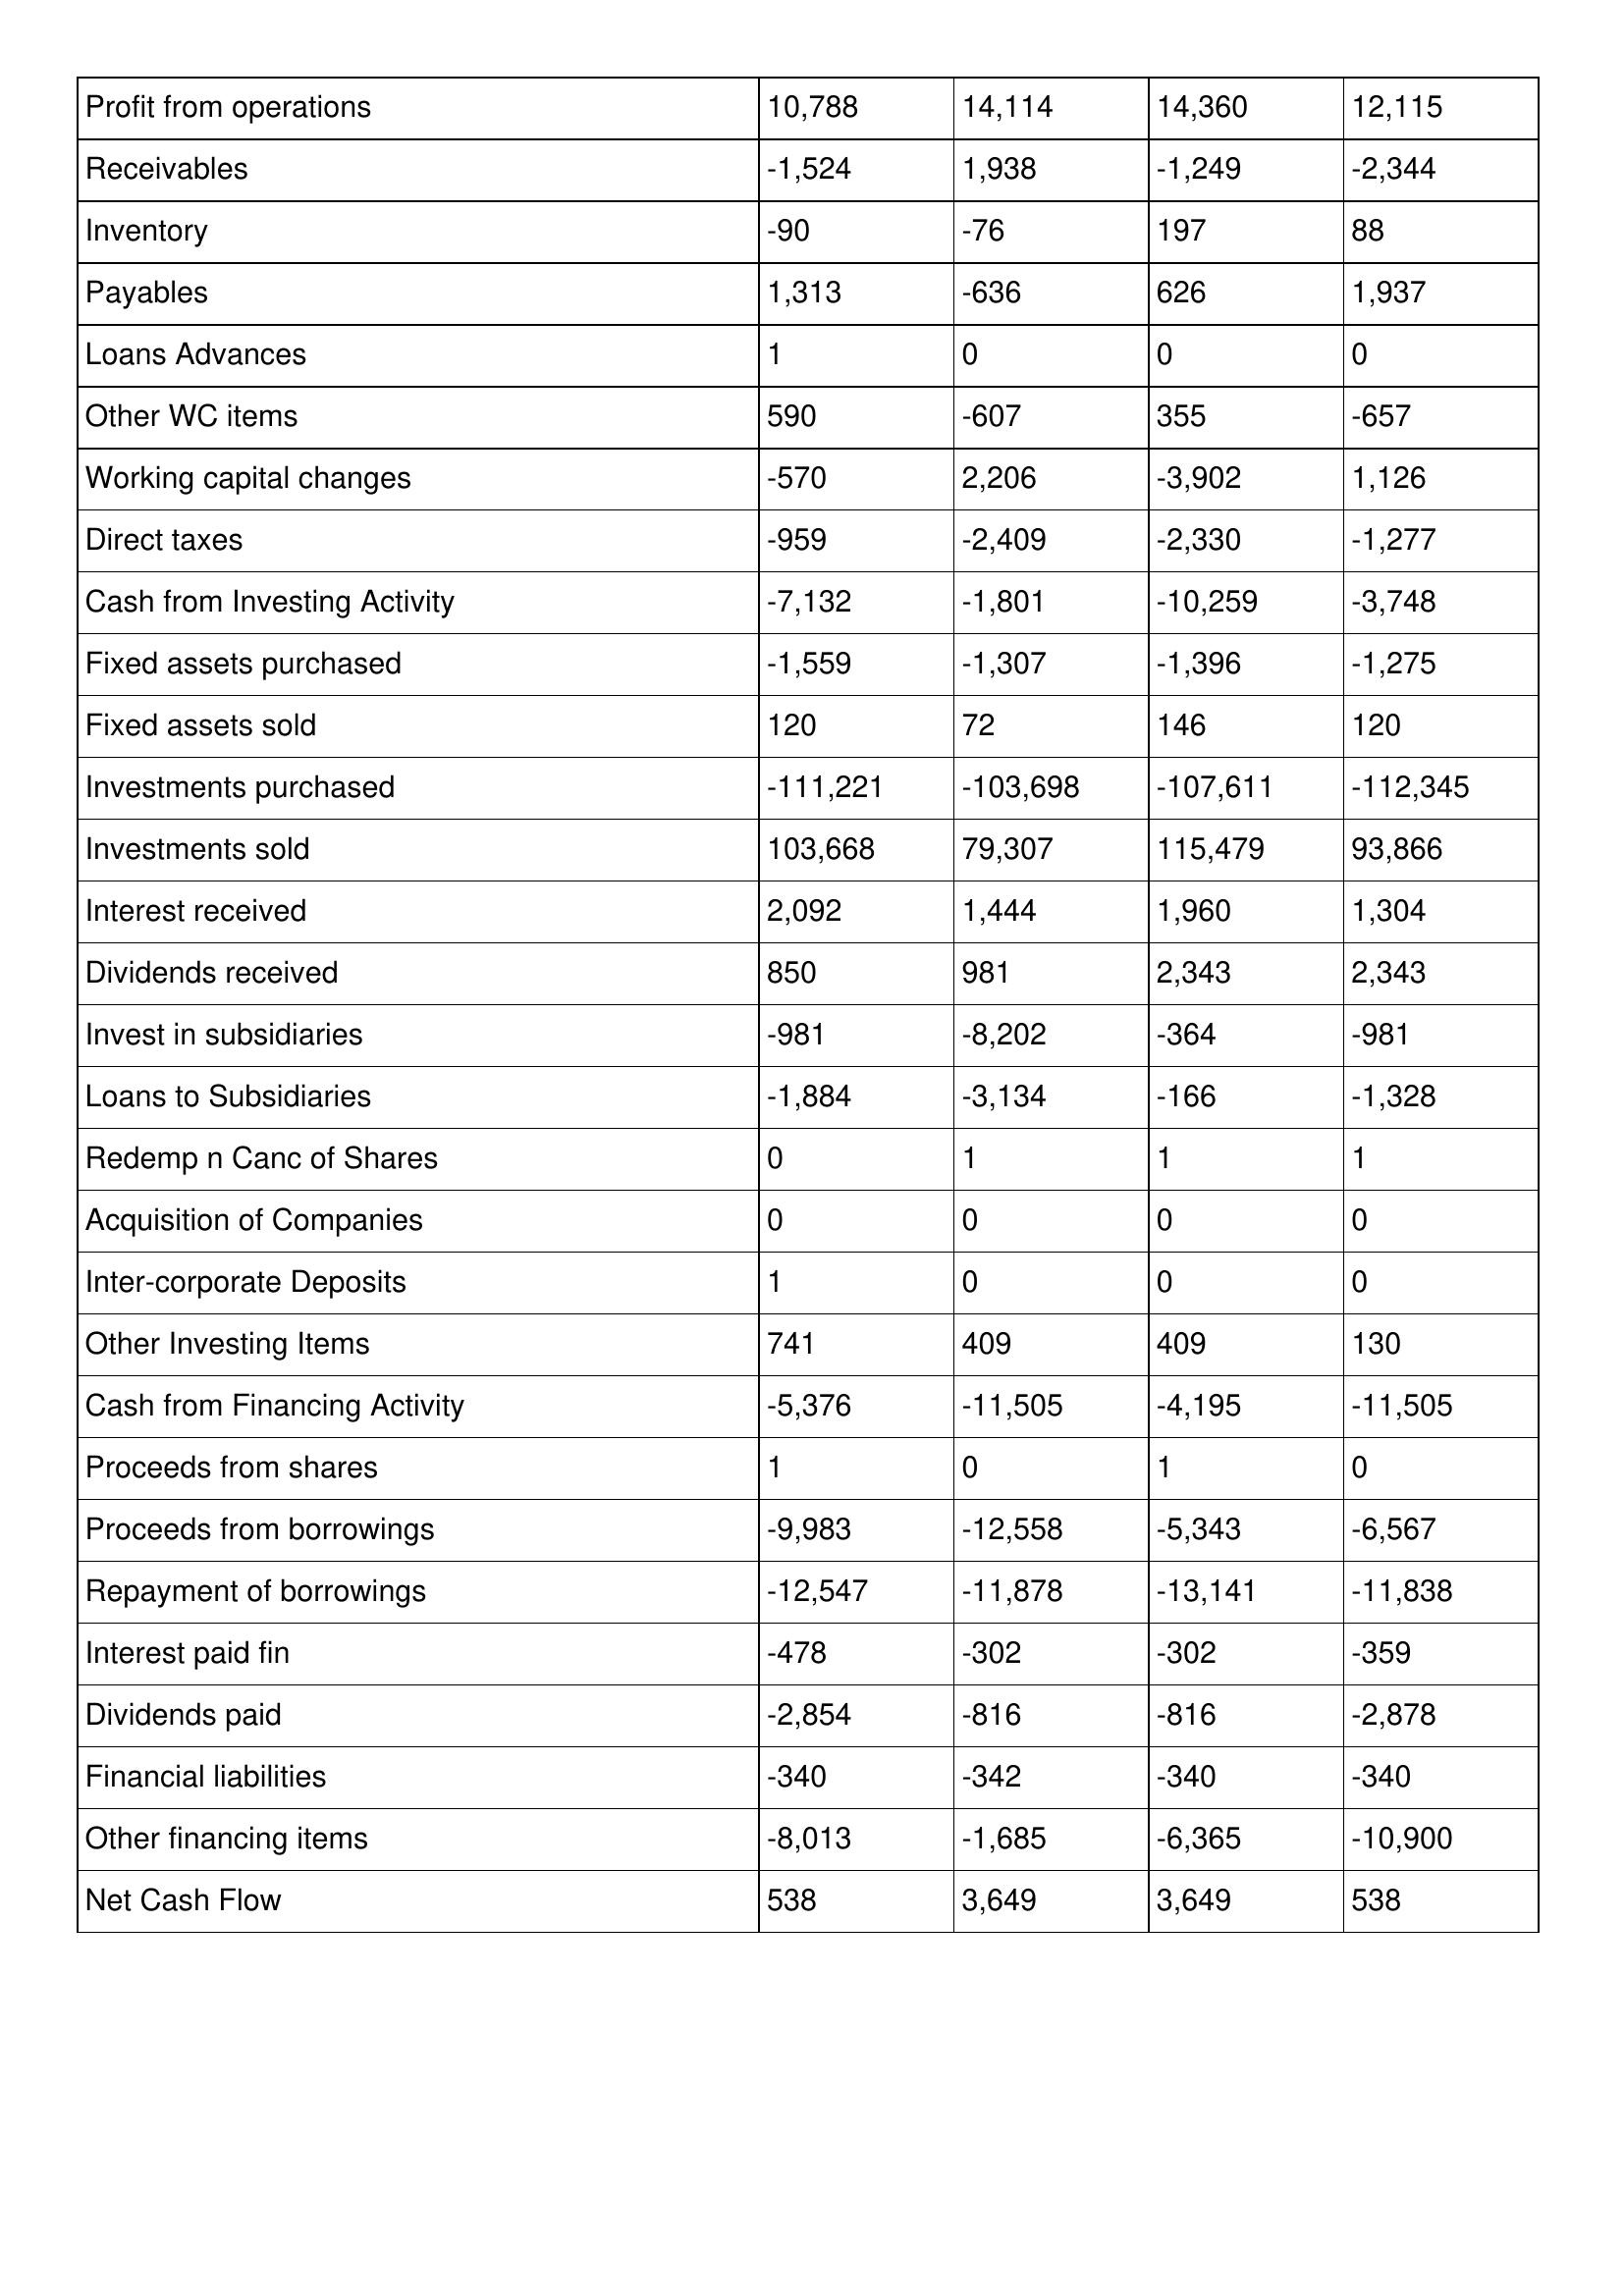
gt_parse: 2015: Cash Flows: Profit from operations: 10,788
Receivables: -1,524
Inventory: -90
Payables: 1,313
Loans Advances: 1
Other WC items: 590
Working capital changes: -570
Direct taxes: -959
Cash from Investing Activity: -7,132
Fixed assets purchased: -1,559
Fixed assets sold: 120
Investments purchased: -111,221
Investments sold: 103,668
Interest received: 2,092
Dividends received: 850
Invest in subsidiaries: -981
Loans to Subsidiaries: -1,884
Redemp n Canc of Shares: 0
Acquisition of Companies: 0
Inter-corporate Deposits: 1
Other Investing Items: 741
Cash from Financing Activity: -5,376
Proceeds from shares: 1
Proceeds from borrowings: -9,983
Repayment of borrowings: -12,547
Interest paid fin: -478
Dividends paid: -2,854
Financial liabilities: -340
Other financing items: -8,013
Net Cash Flow: 538
2014: Cash Flows: Profit from operations: 14,114
Receivables: 1,938
Inventory: -76
Payables: -636
Loans Advances: 0
Other WC items: -607
Working capital changes: 2,206
Direct taxes: -2,409
Cash from Investing Activity: -1,801
Fixed assets purchased: -1,307
Fixed assets sold: 72
Investments purchased: -103,698
Investments sold: 79,307
Interest received: 1,444
Dividends received: 981
Invest in subsidiaries: -8,202
Loans to Subsidiaries: -3,134
Redemp n Canc of Shares: 1
Acquisition of Companies: 0
Inter-corporate Deposits: 0
Other Investing Items: 409
Cash from Financing Activity: -11,505
Proceeds from shares: 0
Proceeds from borrowings: -12,558
Repayment of borrowings: -11,878
Interest paid fin: -302
Dividends paid: -816
Financial liabilities: -342
Other financing items: -1,685
Net Cash Flow: 3,649
2013: Cash Flows: Profit from operations: 14,360
Receivables: -1,249
Inventory: 197
Payables: 626
Loans Advances: 0
Other WC items: 355
Working capital changes: -3,902
Direct taxes: -2,330
Cash from Investing Activity: -10,259
Fixed assets purchased: -1,396
Fixed assets sold: 146
Investments purchased: -107,611
Investments sold: 115,479
Interest received: 1,960
Dividends received: 2,343
Invest in subsidiaries: -364
Loans to Subsidiaries: -166
Redemp n Canc of Shares: 1
Acquisition of Companies: 0
Inter-corporate Deposits: 0
Other Investing Items: 409
Cash from Financing Activity: -4,195
Proceeds from shares: 1
Proceeds from borrowings: -5,343
Repayment of borrowings: -13,141
Interest paid fin: -302
Dividends paid: -816
Financial liabilities: -340
Other financing items: -6,365
Net Cash Flow: 3,649
2012: Cash Flows: Profit from operations: 12,115
Receivables: -2,344
Inventory: 88
Payables: 1,937
Loans Advances: 0
Other WC items: -657
Working capital changes: 1,126
Direct taxes: -1,277
Cash from Investing Activity: -3,748
Fixed assets purchased: -1,275
Fixed assets sold: 120
Investments purchased: -112,345
Investments sold: 93,866
Interest received: 1,304
Dividends received: 2,343
Invest in subsidiaries: -981
Loans to Subsidiaries: -1,328
Redemp n Canc of Shares: 1
Acquisition of Companies: 0
Inter-corporate Deposits: 0
Other Investing Items: 130
Cash from Financing Activity: -11,505
Proceeds from shares: 0
Proceeds from borrowings: -6,567
Repayment of borrowings: -11,838
Interest paid fin: -359
Dividends paid: -2,878
Financial liabilities: -340
Other financing items: -10,900
Net Cash Flow: 538